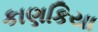
કાણકિયા